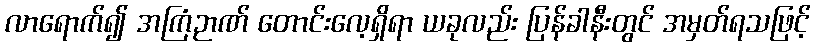
လာရောက်၍ အကြံဉာဏ် တောင်းလေ့ရှိရာ ယခုလည်း ပြန်ခါနီးတွင် အမှတ်ရသဖြင့်